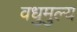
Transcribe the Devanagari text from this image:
वधुमुल्य